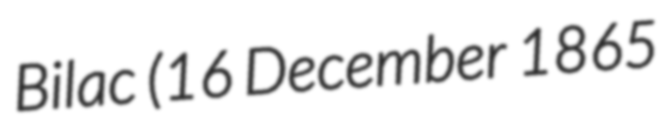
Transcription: Bilac (16 December 1865